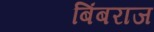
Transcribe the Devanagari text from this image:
बिंबराज